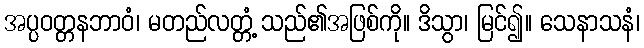
အပ္ပဝတ္တနဘာဝံ၊ မတည်လတ္တံ့ သည်၏အဖြစ်ကို။ ဒိသွာ၊ မြင်၍။ သေနာသနံ၊